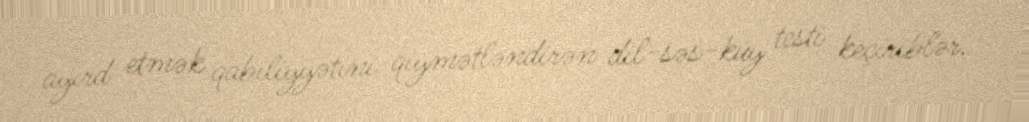
ayırd etmək qabiliyyətini qiymətləndirən dil-səs-küy testi keçiriblər.